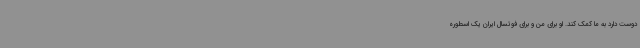
دوست دارد به ما کمک کند. او برای من و برای فوتسال ایران یک اسطوره